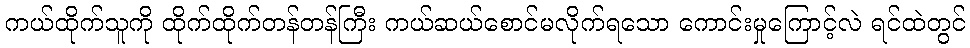
ကယ်ထိုက်သူကို ထိုက်ထိုက်တန်တန်ကြီး ကယ်ဆယ်စောင်မလိုက်ရသော ကောင်းမှုကြောင့်လဲ ရင်ထဲတွင်